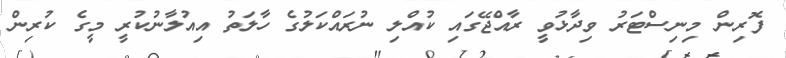
ފޮރިން މިނިސްޓަރު ވިދާޅުވީ ރާއްޖޭގައި ކުއްލި ނުރައްކަލުގެ ހާލަތު އިއުލާނުކުރީ މީގެ ކުރިން